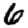
Digit: 6